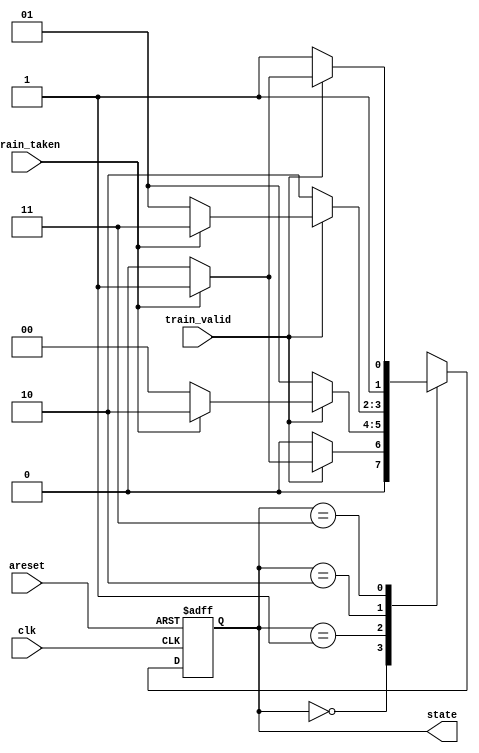
module top_module(
    input clk,
    input areset,
    input train_valid,
    input train_taken,
    output [1:0] state
);
    reg [1:0] next;
    localparam SNT = 0, WNT = 1, WT = 2, ST = 3;
    
    always @(posedge clk, posedge areset)
        begin
            if(areset)
                state <= WNT;
            else
                state <= next;
        end
    always @(*)
        begin
            case(state)
                SNT:next=train_valid?(train_taken?WNT:SNT):SNT;
                WNT:next=train_valid?(train_taken?WT:SNT):WNT;
                WT:next=train_valid?(train_taken?ST:WNT):WT;
                ST:next=train_valid?(train_taken?ST:WT):ST;
            endcase
        end
endmodule